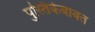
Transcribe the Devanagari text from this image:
पुस्तिकेबाबत